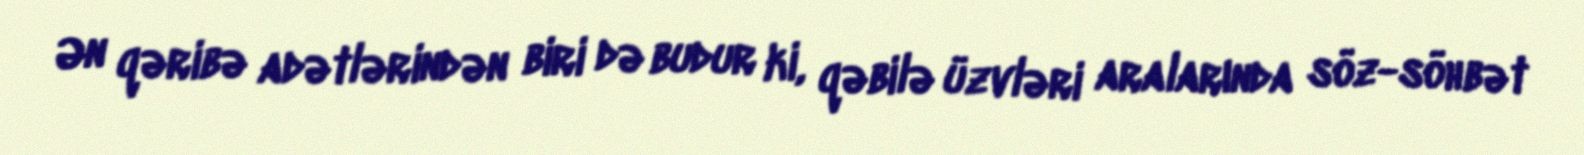
Ən qəribə adətlərindən biri də budur ki, qəbilə üzvləri aralarında söz-söhbət